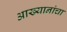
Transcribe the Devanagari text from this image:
आख्यानांचा